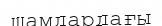
шамдардағы